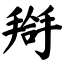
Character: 搿